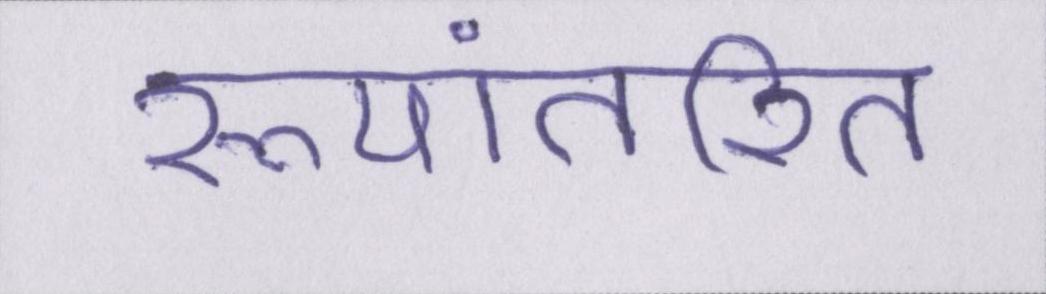
रूपांतरित